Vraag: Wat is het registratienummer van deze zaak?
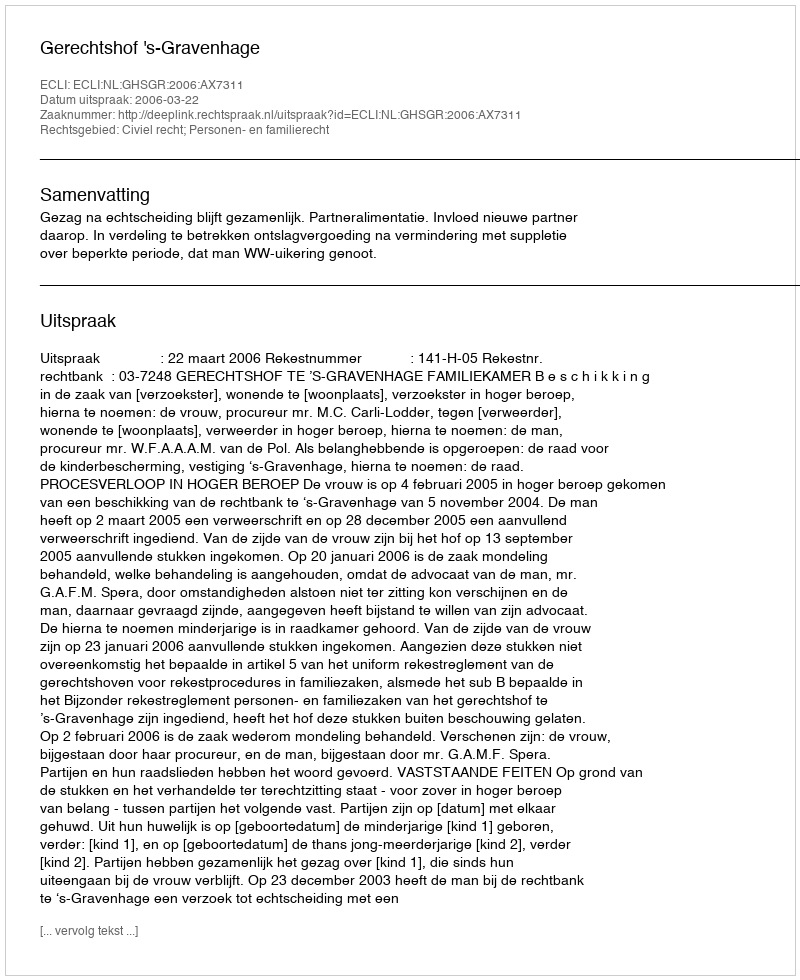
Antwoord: http://deeplink.rechtspraak.nl/uitspraak?id=ECLI:NL:GHSGR:2006:AX7311